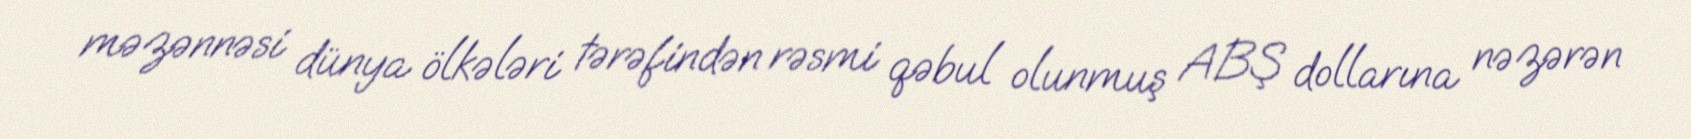
məzənnəsi dünya ölkələri tərəfindən rəsmi qəbul olunmuş ABŞ dollarına nəzərən